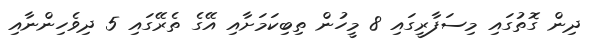
ދިން ގޮތުގައި މިސަފާރީގައި 8 މީހުން ތިބިކަމަށާއި އޭގެ ތެރޭގައި 5 ދިވެހިންނާއި